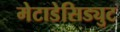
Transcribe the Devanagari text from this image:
मेटाडेसिड्युट